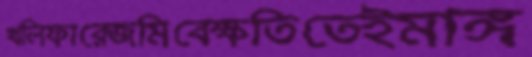
খলিফারেজমিবেক্ষতিতেইমাঙ্গ